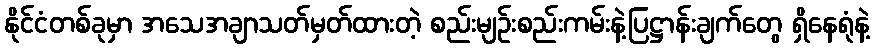
နိုင်ငံတစ်ခုမှာ အသေအချာသတ်မှတ်ထားတဲ့ စည်းမျဉ်းစည်းကမ်းနဲ့ပြဋ္ဌာန်းချက်တွေ ရှိနေရုံနဲ့